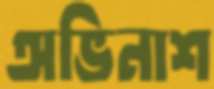
অভিনাশ